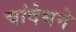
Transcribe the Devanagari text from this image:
चांदेथने